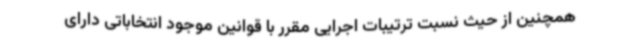
همچنین از حیث نسبت ترتیبات اجرایی مقرر با قوانین موجود انتخاباتی دارای